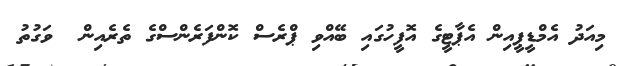
މިއަދު އެމްޑީޕީއިން އެޕާޓީގެ އޮފީހުގައި ބޭއްވި ޕްރެސް ކޮންފަރެންސްގެ ތެރެއިން  ވަގުތު